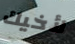
لأخيك